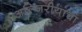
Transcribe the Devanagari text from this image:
अल्जिरीयाचा